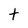
Character: t